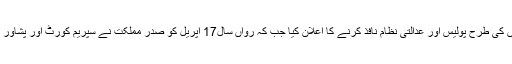
وفاقی حکومت نے 23 ستمبر کو فاٹا میں ملک کے دیگر حصوں کی طرح پولیس اور عدالتی نظام نافذ کرنے کا اعلان کیا جب کہ رواں سال17 اپریل کو صدر مملکت نے سپریم کورٹ اور پشاور ہائیکورٹ کا دائرہ کار فاٹا تک بڑھانے کے بل پر دستخط کیے۔